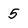
Character: 5